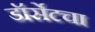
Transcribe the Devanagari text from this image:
डॉर्सेटचा